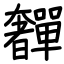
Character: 奲